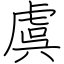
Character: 虞